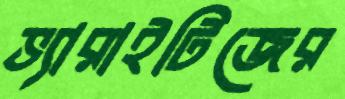
ভ্যারাইটিজের